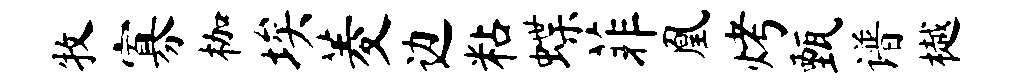
牧寡枷埃菱边粘蝶菲凰烤甄谱樾